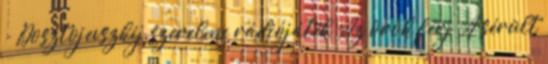
- Dosztojevszkij szerelme rádiójáték Az örök férj A sérült